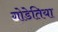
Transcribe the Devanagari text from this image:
गोडेतिया